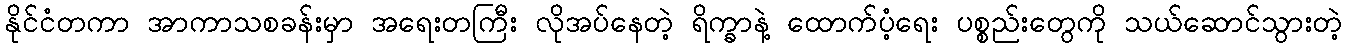
နိုင်ငံတကာ အာကာသစခန်းမှာ အရေးတကြီး လိုအပ်နေတဲ့ ရိက္ခာနဲ့ ထောက်ပံ့ရေး ပစ္စည်းတွေကို သယ်ဆောင်သွားတဲ့